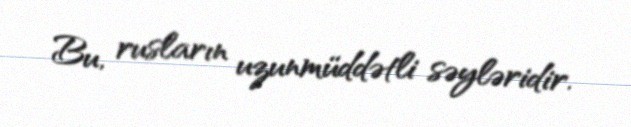
Bu, rusların uzunmüddətli səyləridir.